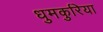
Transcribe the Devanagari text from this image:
धुमकुरिया